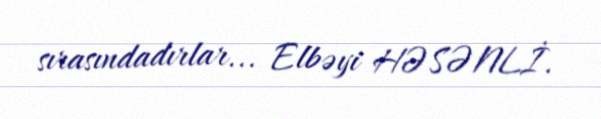
sırasındadırlar... Elbəyi HƏSƏNLİ.